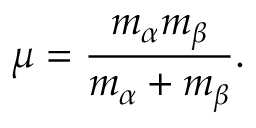
\mu = \frac { m _ { \alpha } m _ { \beta } } { m _ { \alpha } + m _ { \beta } } .